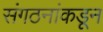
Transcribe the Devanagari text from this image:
संगठनांकडून